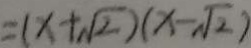
= ( x + \sqrt { 2 } ) ( x - \sqrt { 2 } )